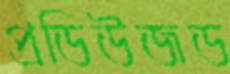
প্রডিউজড